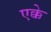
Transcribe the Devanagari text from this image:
एक्के